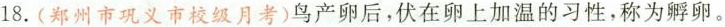
18.(郑州市巩义市校级月考)鸟产卵后，伏在卵上加温的习性，称为孵卵。